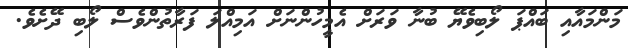
މަންމައާއި ބައްޕަ ލޯބިވެޔޭ ބުނާ ވަރަށް އެމީހުންނަށް އަމިއްލަ ފަރާތުންވެސް ލޯބި ދޭށެވެ.